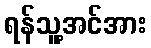
ရန်သူ့အင်အား